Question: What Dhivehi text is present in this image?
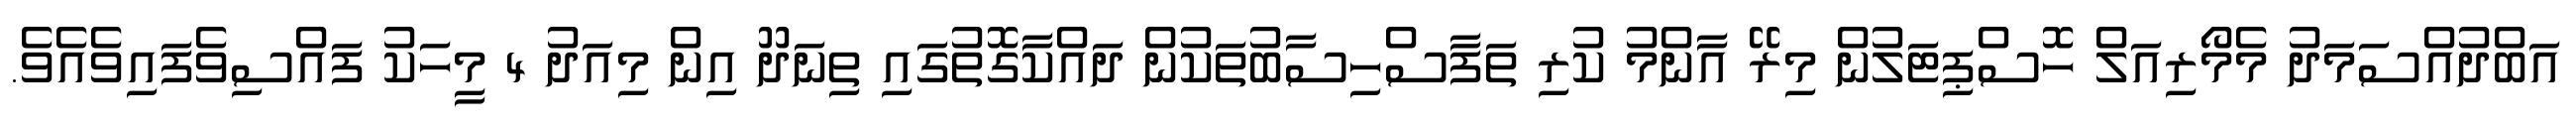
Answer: އަބްދުއްސަމަދު މެމޯރިއަލް ހޮސްޕިޓަލުން މިރޭ އާންމު ކުރި ތަފާސްހިސާބުތަކުން ދައްކާގޮތުގައި ތިނަދޫ އިން މިއަދު 4 މީހަކު ފައްސިވެފައިވެއެވެ.